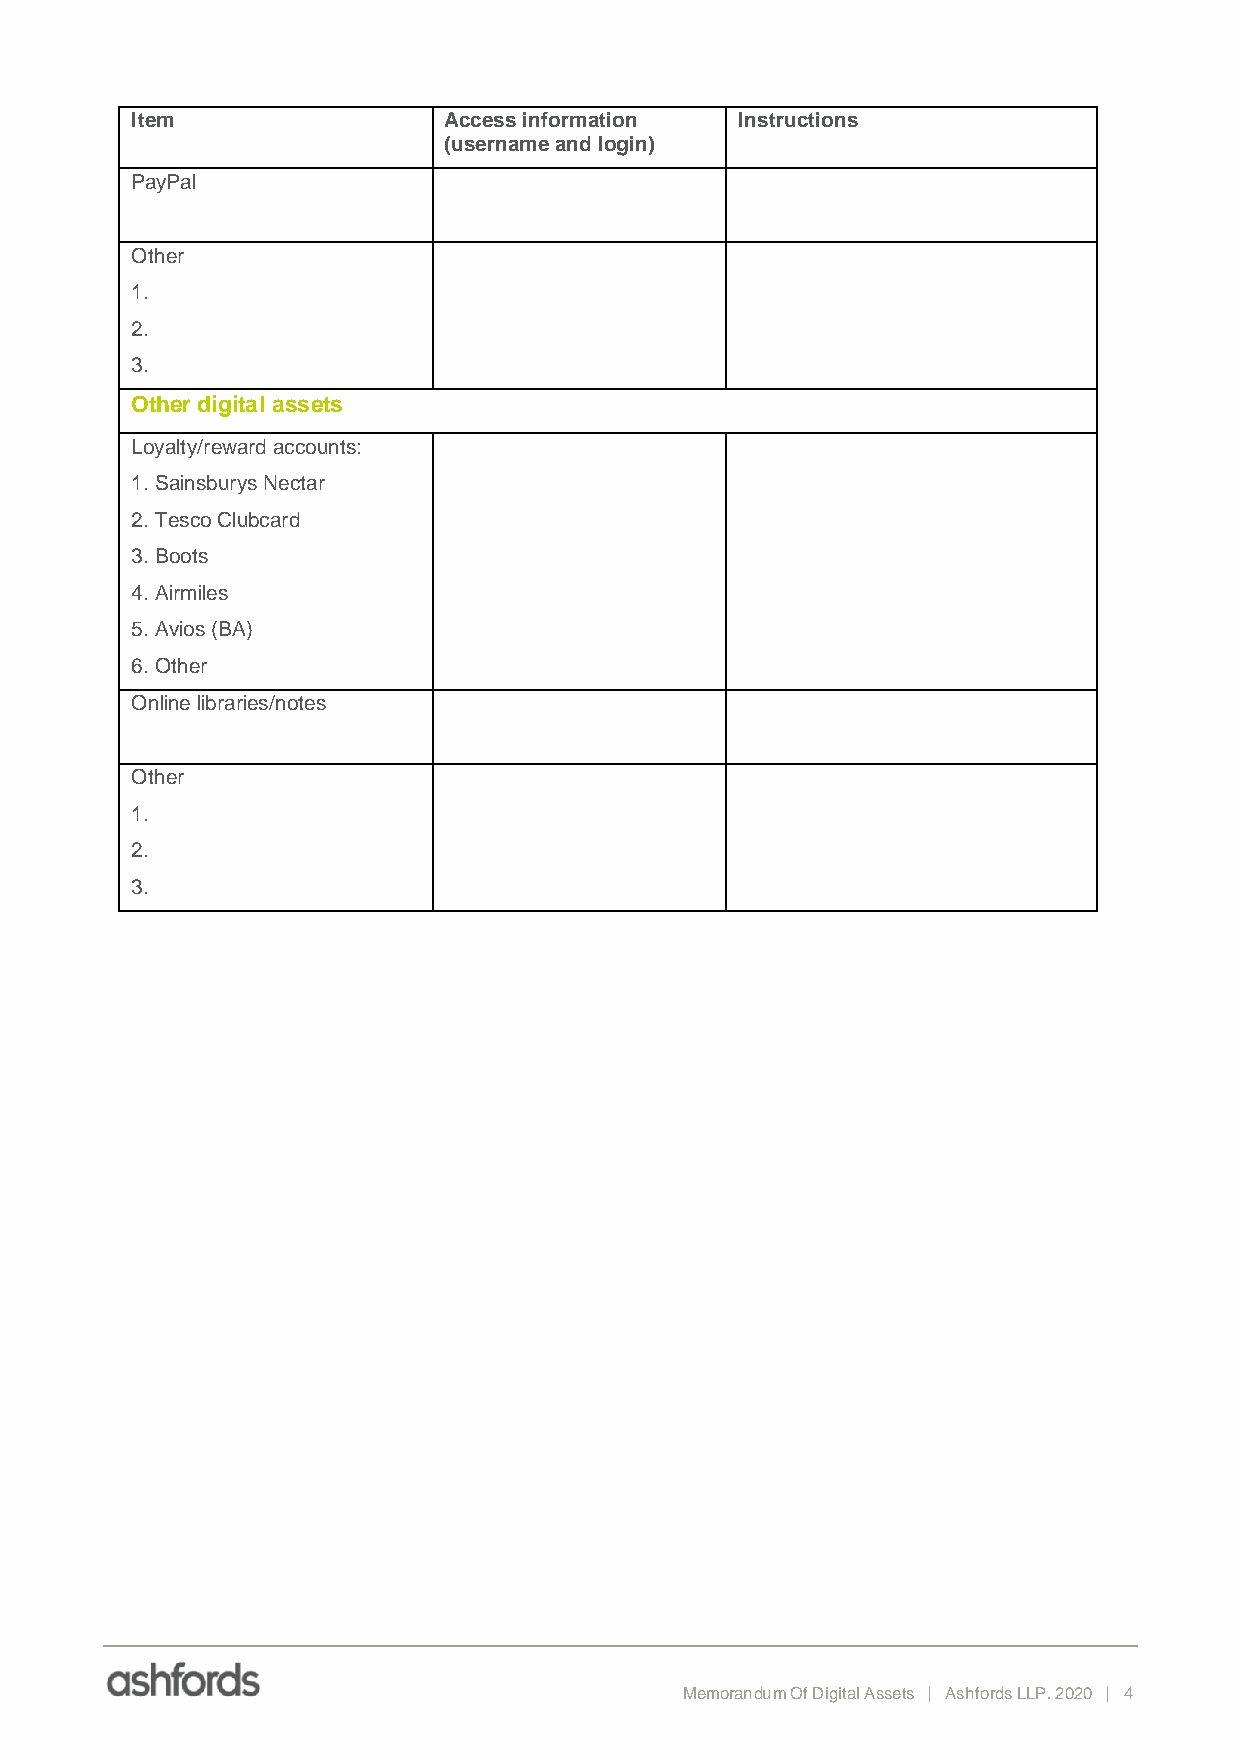
Item                Access information  Instructions
 (username and login)
 PayPal
 Other
 1.
 2.
 3.
 Other digital assets
 Loyalty/reward accounts:
 1. Sainsburys Nectar
 2. Tesco Clubcard
 3. Boots
 4. Airmiles
 5. Avios (BA)
 6. Other
 Online libraries/notes
 Other
 1.
 2.
 3.
 Memorandum Of Digital Assets | Ashfords LLP. 2020 | 4